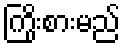
ကြိုးစားမည်